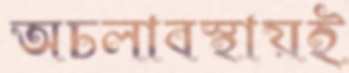
অচলাবস্থায়ই